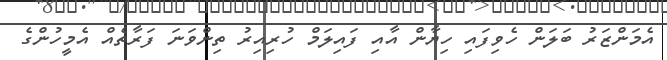
އެމަންޒަރު ބަލަން ހެވިފައި ހިޔާން އާއި ފައިލަމް ހުރިއިރު ތިންވަނަ ފަރާތެއް އެމީހުންގެ